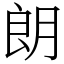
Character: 朗